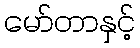
မော်တာနှင့်